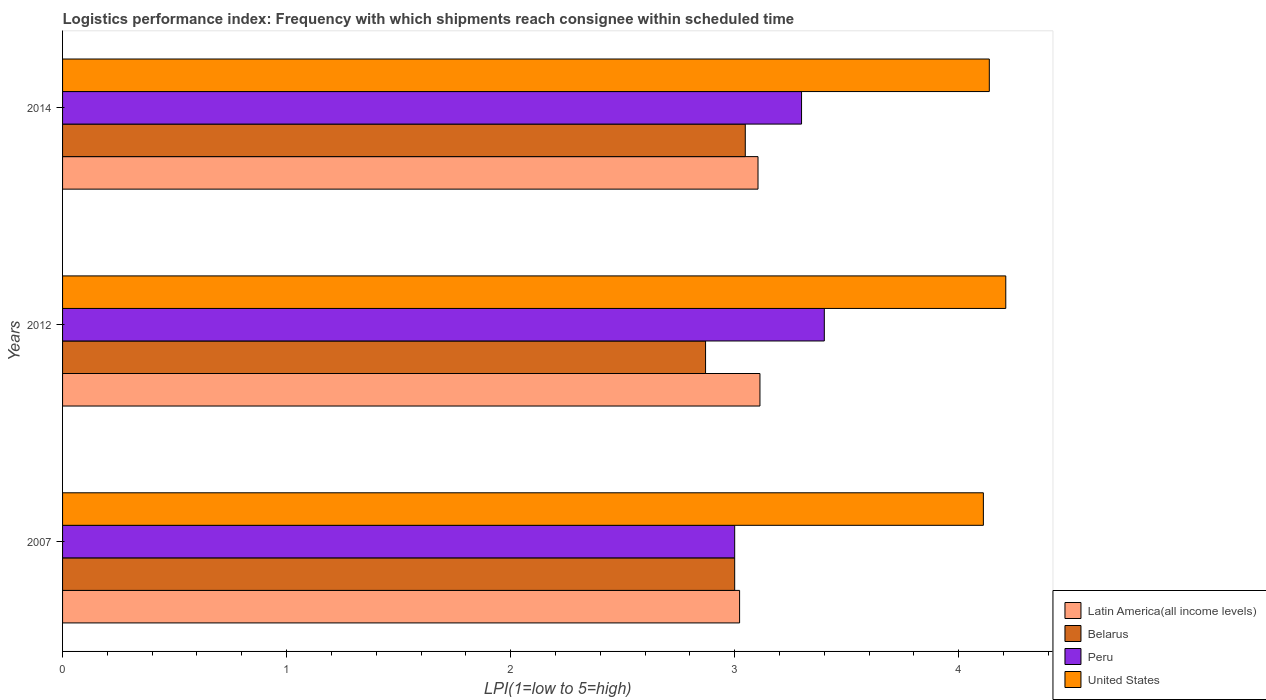
| Years | Latin America(all income levels) | Belarus | Peru | United States |
 | --- | --- | --- | --- | --- |
 | 2007 | 3.02 | 3 | 3 | 4.11 |
 | 2012 | 3.11 | 2.87 | 3.4 | 4.21 |
 | 2014 | 3.1 | 3.05 | 3.3 | 4.14 |